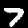
Digit: 7